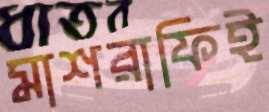
মাশরাফিই